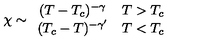
\chi \sim \begin{array} { c c } { ( T - T _ { c } ) ^ { - \gamma } } & { T > T _ { c } } \\ { ( T _ { c } - T ) ^ { - \gamma ^ { \prime } } } & { T < T _ { c } } \\ \end{array}